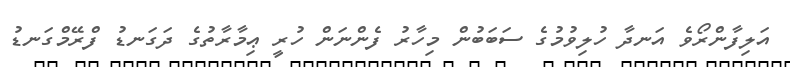
އަލިފާންރޯވެ އަނދާ ހުލިވުމުގެ ސަބަބުން މިހާރު ފެންނަން ހުރީ ޢިމާރާތުގެ ދަގަނޑު ފްރޭމްގަނޑު